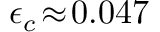
\epsilon _ { c } \! \approx \! 0 . 0 4 7